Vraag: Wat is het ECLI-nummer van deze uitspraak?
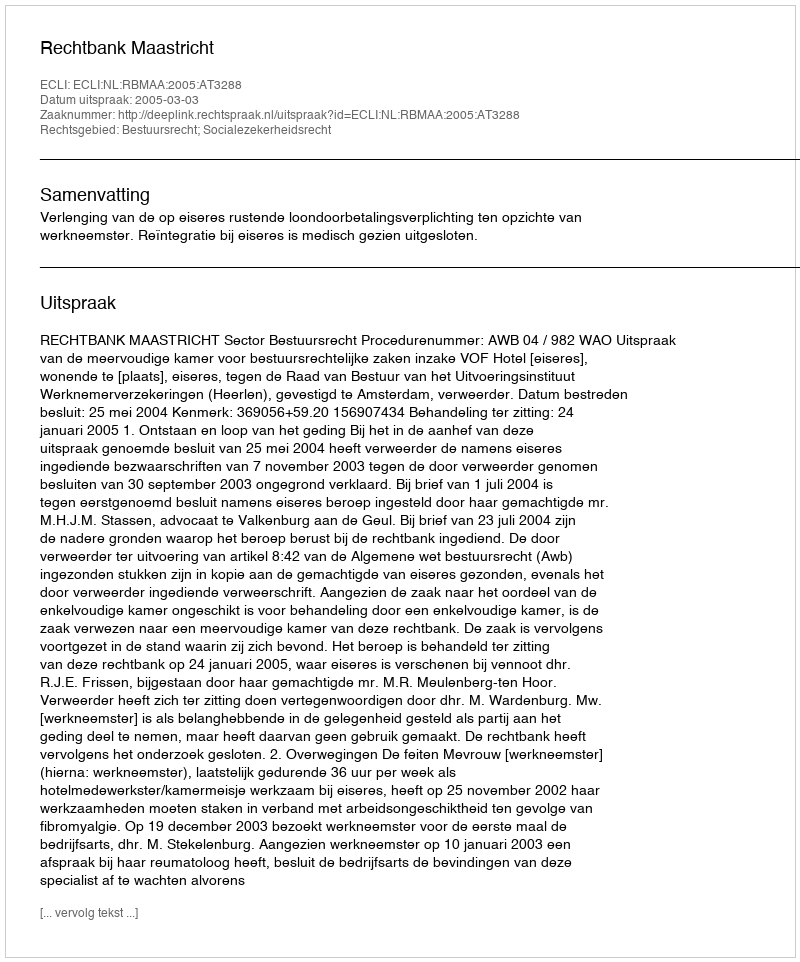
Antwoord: ECLI:NL:RBMAA:2005:AT3288